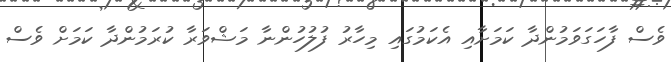
ވެސް ފާހަގަވަމުންދާ ކަމަށާއި އެކަމުގައި މިހާރު ފުލުހުންނާ މަޝްވަރާ ކުރަމުންދާ ކަމަށް ވެސް